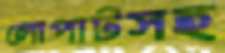
লোপাটসহ